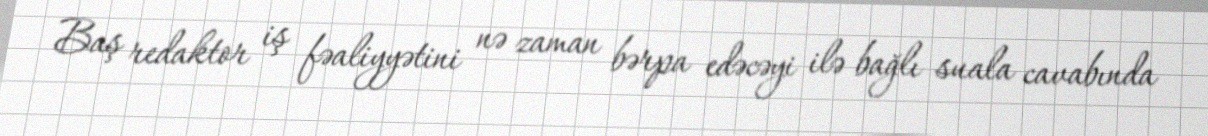
Baş redaktor iş fəaliyyətini nə zaman bərpa edəcəyi ilə bağlı suala cavabında